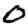
Digit: 0